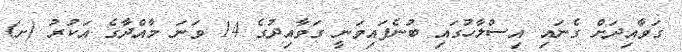
ގަވާއިދަށް ގެނައި އިސްލާހުގައި ބުނެފައިވަނީ ގަވާއިދުގެ 14 ވަނަ މާއްދާގެ އަކުރު (ށ)